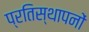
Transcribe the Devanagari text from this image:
प्रतिस्थापनों